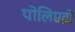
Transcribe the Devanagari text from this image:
पोलिएद्रो